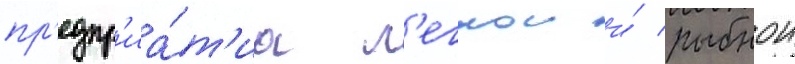
пр'едпр'иа́т'иа л'егкои и́ рыбнои